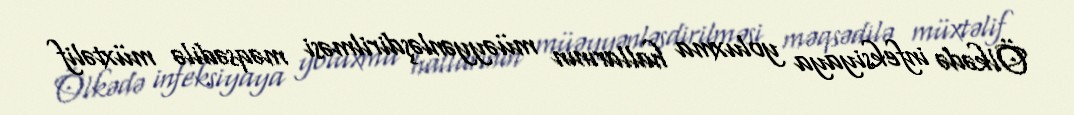
Ölkədə infeksiyaya yoluxma hallarının müəyyənləşdirilməsi məqsədilə müxtəlif